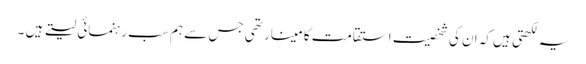
یہ لکھتی ہیں کہ ان کی شخصیت استقامت کا مینار تھی جس سے ہم سب رہنمائی لیتے ہیں ۔